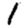
Digit: 1